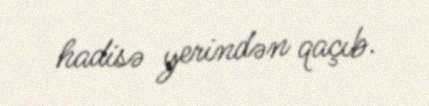
hadisə yerindən qaçıb.